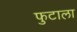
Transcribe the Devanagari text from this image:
फुटाला